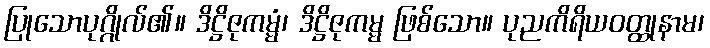
ပြုသောပုဂ္ဂိုလ်၏။ ဒိဋ္ဌိဇုကမ္မံ၊ ဒိဋ္ဌိဇုကမ္မ ဖြစ်သော။ ပုညကိရိယဝတ္ထုနာမ၊